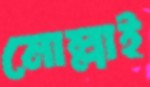
মোল্লাই